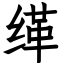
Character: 缂